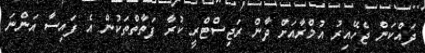
ދައްކަން ޖެހޭއިރު އުމްރާއަށް ދާން ރަޖިސްޓްރީ ކުރާ ފަތާތްތަކުން އެ ފައިސާ އަންނަ